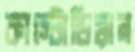
কাস্টোডিয়ান